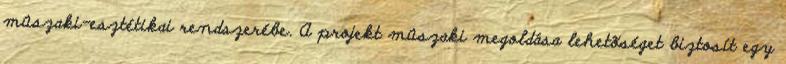
mûszaki-esztétikai rendszerébe. A projekt mûszaki megoldása lehetõséget biztosít egy